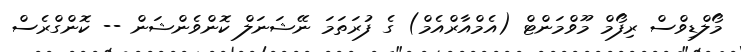
މޯލްޑިވްސް ރިފޯމް މޫވްމަންޓް (އެމްއާރްއެމް) ގެ ފުރަތަމަ ނޭޝަނަލް ކޮންވެންޝަން -- ކޮންގްރެސް